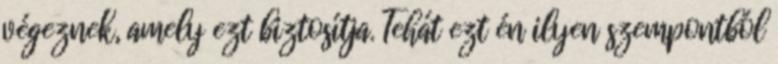
végeznek, amely ezt biztosítja. Tehát ezt én ilyen szempontból